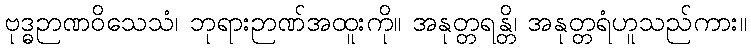
ဗုဒ္ဓဉာဏဝိသေသံ၊ ဘုရားဉာဏ်အထူးကို။ အနုတ္တရန္တိ၊ အနုတ္တရံဟူသည်ကား။